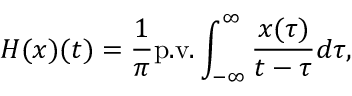
H ( x ) ( t ) = \frac { 1 } { \pi } \mathrm { p . v . } \int _ { - \infty } ^ { \infty } \frac { x ( \tau ) } { t - \tau } d \tau ,